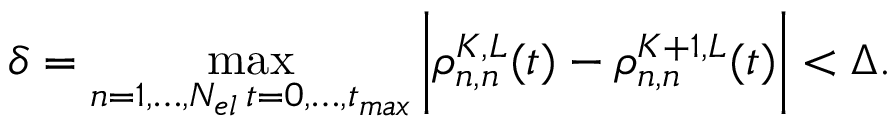
\delta = \operatorname* { m a x } _ { \substack { n = 1 , \ldots , N _ { e l } \, t = 0 , \ldots , t _ { m a x } } } \bigg | \rho _ { n , n } ^ { K , L } ( t ) - \rho _ { n , n } ^ { K + 1 , L } ( t ) \bigg | < \Delta .